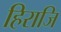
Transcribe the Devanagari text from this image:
हिराजि